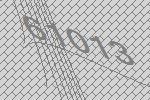
61013